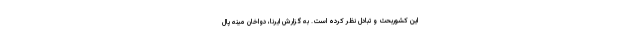
این کشوربحث و تبادل نظر کرده است. به گزارش ایرنا، دواخان مینه پال